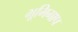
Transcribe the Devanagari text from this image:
भूमिमाप